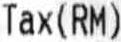
TAX(RM)